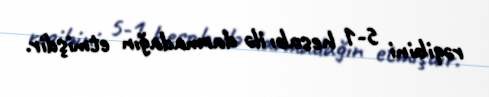
rəqibini 5-1 hesabı ilə darmadağın etmişdir.